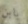
بابن